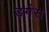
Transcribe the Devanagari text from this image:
डर्गस